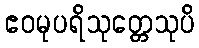
ဧဝမုပရိသုတ္တေသုပိ